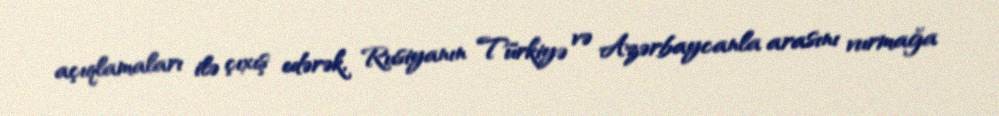
açıqlamaları ilə çıxış edərək, Rusiyanın Türkiyə və Azərbaycanla arasını vurmağa